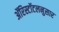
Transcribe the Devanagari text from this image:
ॲरिस्टॉटलनुसार